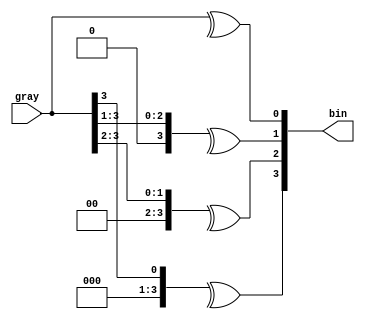
module gray_to_bin
#(
	parameter SIZE = 4
) (
	input		[SIZE-1:0]	gray,
	output	reg	[SIZE-1:0]	bin	
);

integer i;
always@(*) begin
	for(i = 0; i < SIZE; i = i + 1) begin
		bin[i] = ^(gray >> i);	
	end
end

endmodule